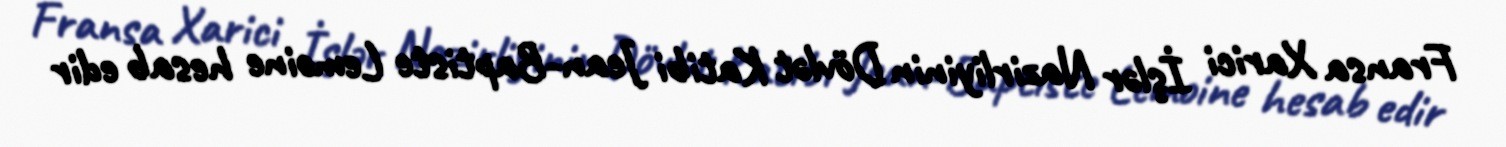
Fransa Xarici İşlər Nazirliyinin Dövlət Katibi Jean-Baptiste Lemoine hesab edir